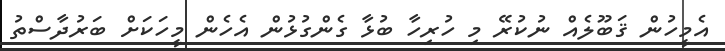
އެމީހުން ޤަބޫލެއް ނުކުރޭ މި ހުރިހާ ބުޅާ ގެންގުޅުން އެހެން މީހަކަށް ބަރުދާސްތު